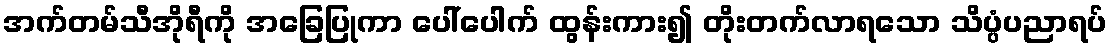
အက်တမ်သီအိုရီကို အခြေပြုကာ ပေါ်ပေါက် ထွန်းကား၍ တိုးတက်လာရသော သိပ္ပံပညာရပ်